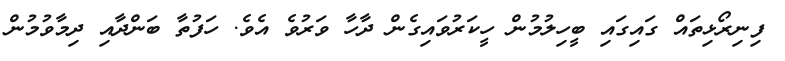
ފިނިރޯޅިތައް ގައިގައި ބީހިލުމުން ހީކަރުވައިގެން ދާހާ ވަރުވެ އެވެ. ހަފުތާ ބަންދާއި ދިމާވުމުން